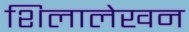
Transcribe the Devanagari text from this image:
शिलालेखन